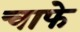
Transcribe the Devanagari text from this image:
चाफे